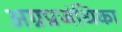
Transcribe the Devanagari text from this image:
अग्रप्रजंधिका